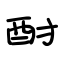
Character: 酎